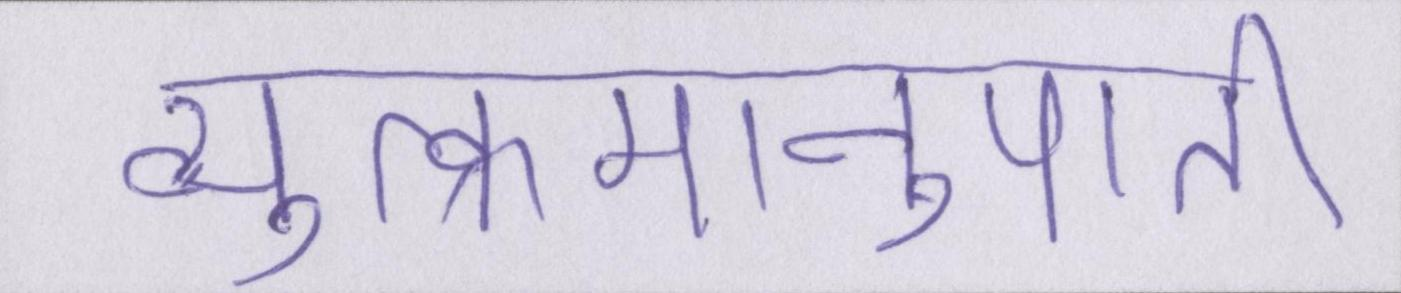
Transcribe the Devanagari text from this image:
व्युत्क्रमानुपाती